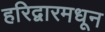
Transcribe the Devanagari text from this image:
हरिद्वारमधून